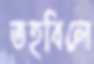
তহবিলে